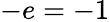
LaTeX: -e=-1